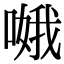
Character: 𠹷